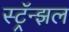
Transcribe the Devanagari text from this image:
स्ट्रॅन्झल